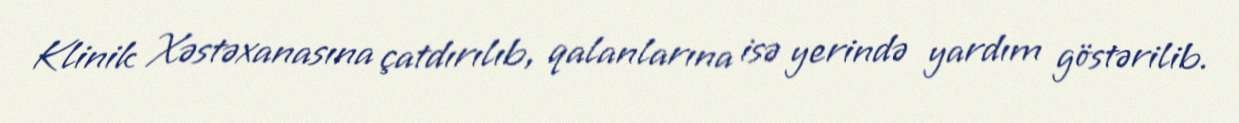
Klinik Xəstəxanasına çatdırılıb, qalanlarına isə yerində yardım göstərilib.